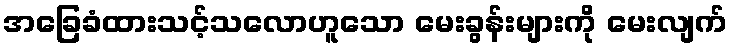
အခြေခံထားသင့်သလောဟူသော မေးခွန်းများကို မေးလျက်